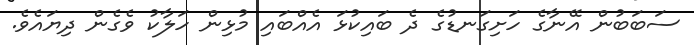
ސަބަބުން އޭނާގެ ހަށިގަނޑުގެ ދެ ބައިކުޅަ އެއްބައި މުޅިން ހަލާކު ވެގެން ދިޔައެވެ.